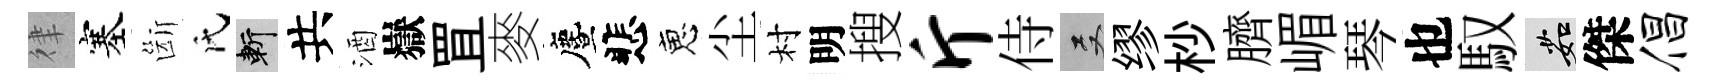
律塞斷氏斬共酒嶽罝麥󵨌悲恵尘村明搜斤侍双缪杪臍嵋琴也馭茹傑倡